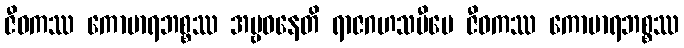
ဇီဝကဿ ကောမာရဘစ္စဿ အမ္ဗဝနေတိ ရာဇဂဟသမီပေ ဇီဝကဿ ကောမာရဘစ္စဿ